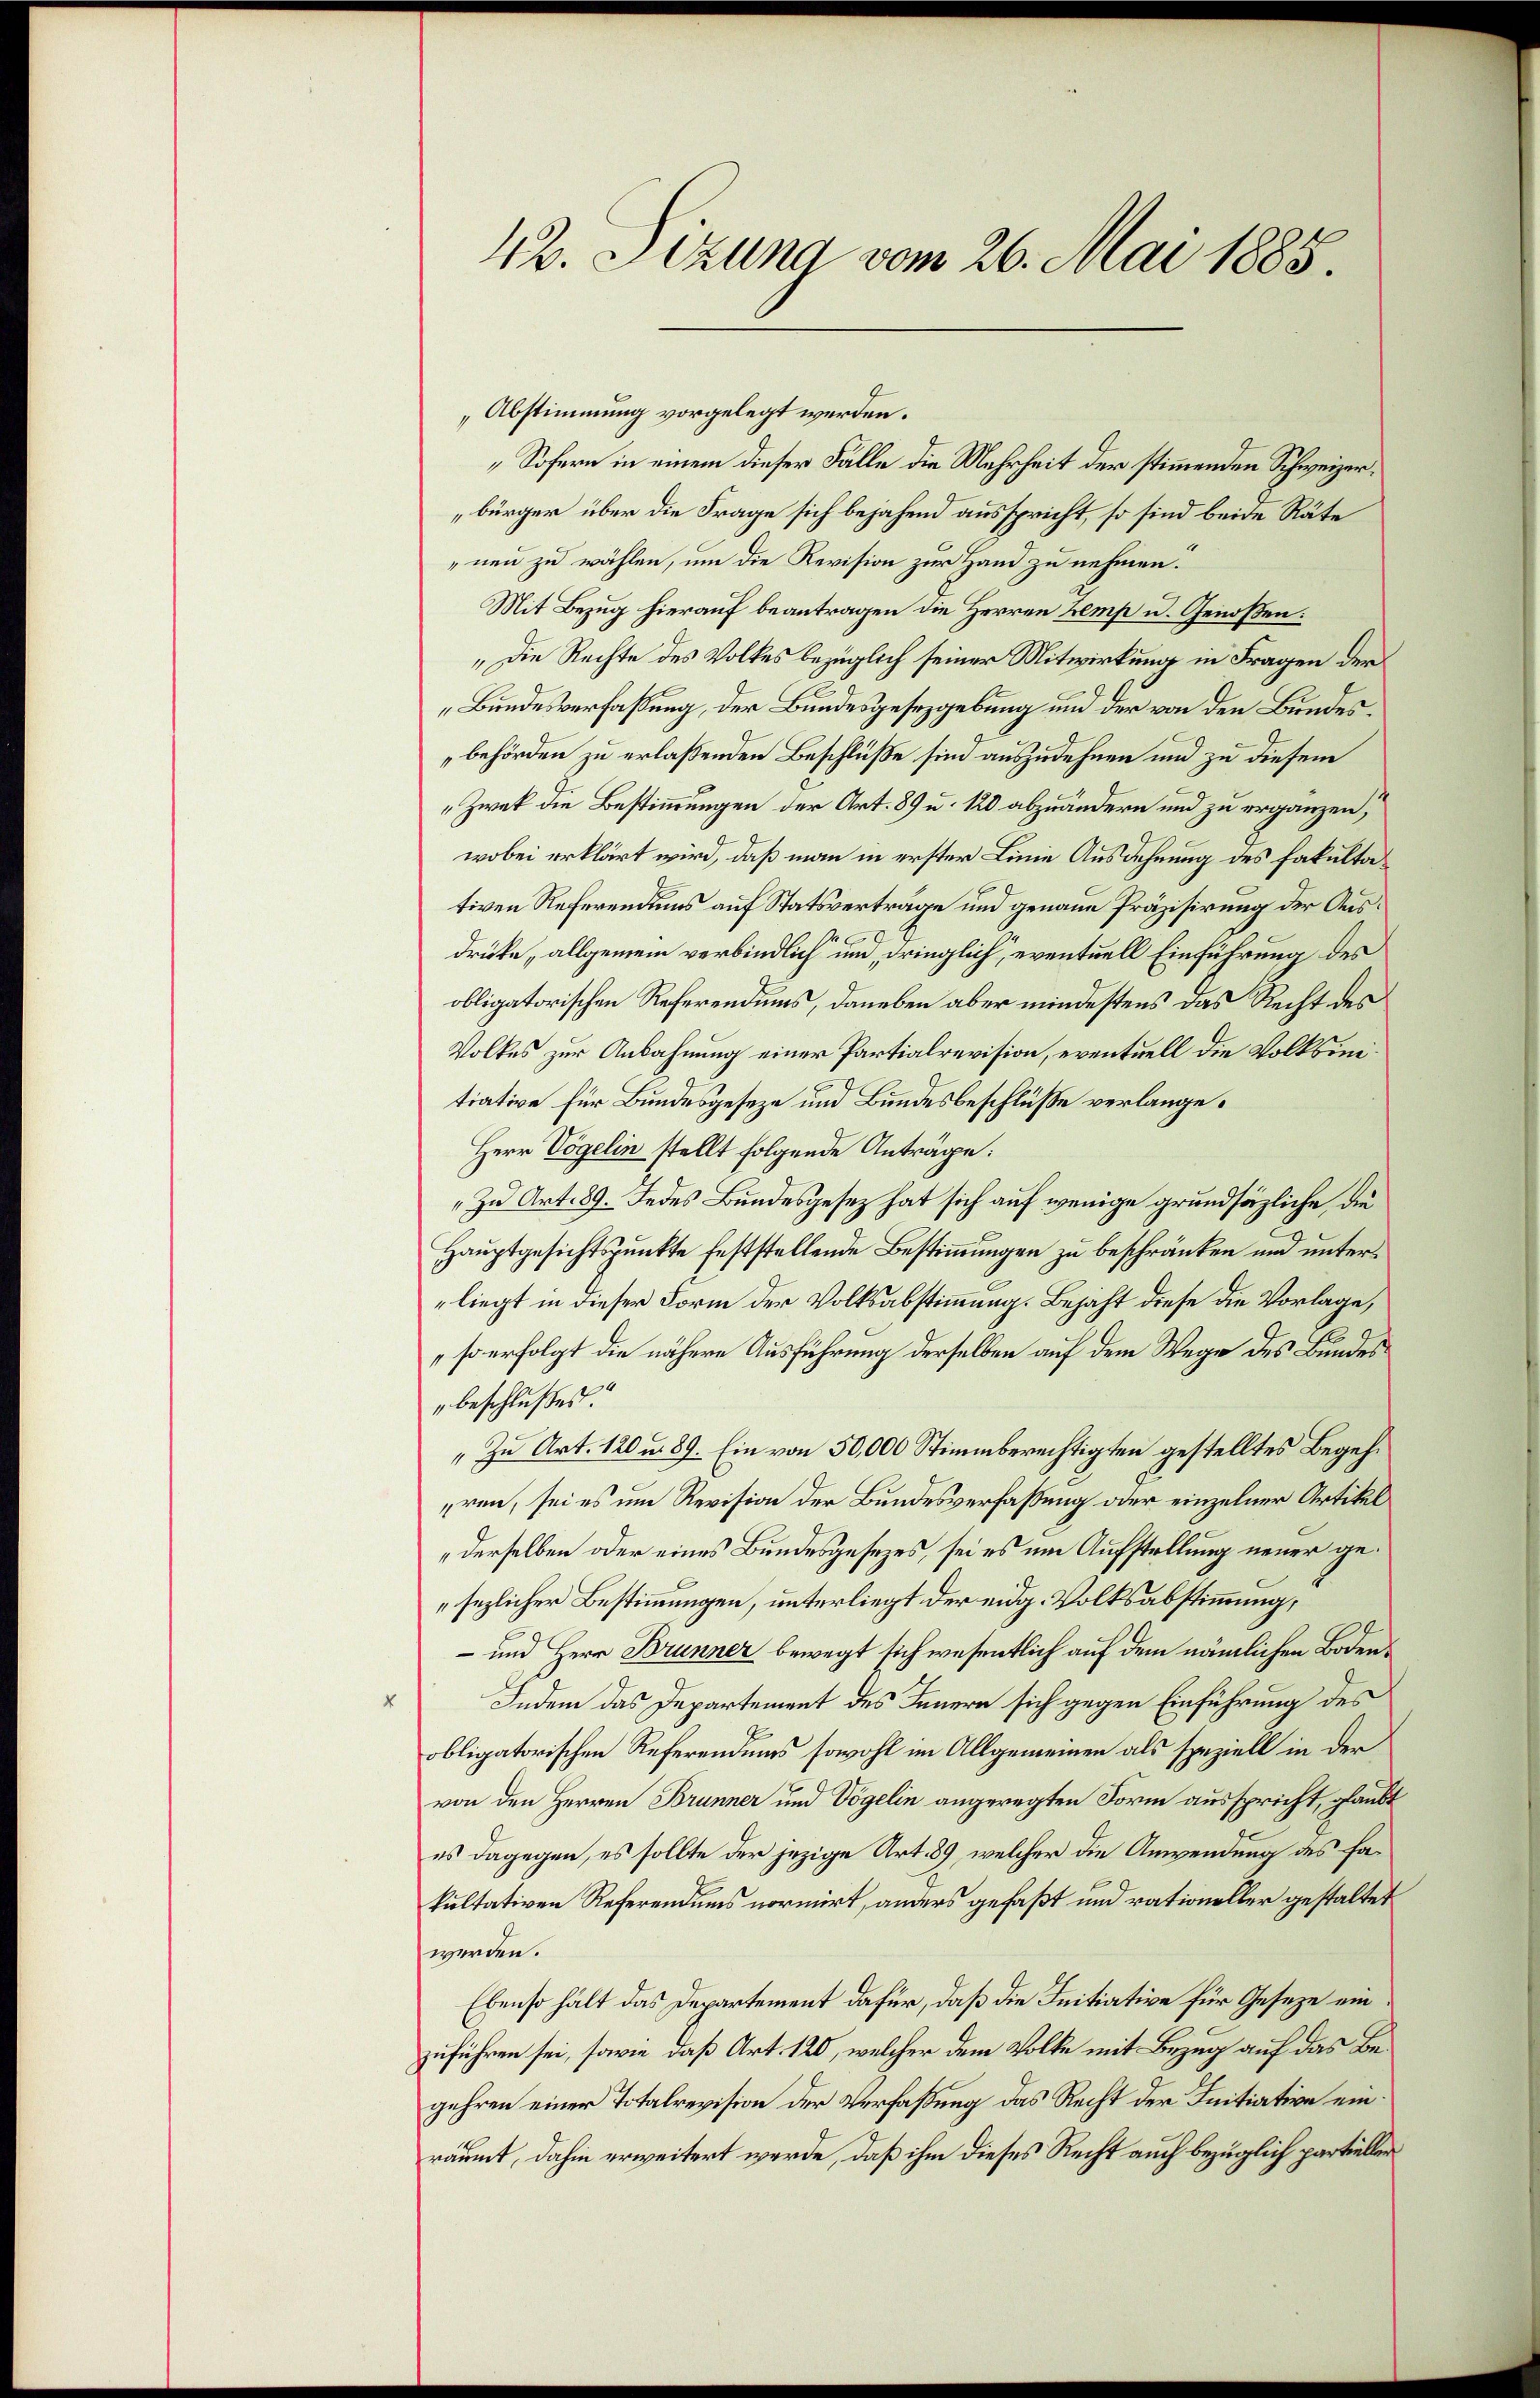
Abstimmung vorgelegt werden.
„Sofern in einem dieser Fälle die Mehrheit der stimmenden Schweizerbürger über die Frage sich bejahend ausspricht, so sind beide Räte
nen zu wählen, um die Revision zur Hand zu nehmen.
Mit Bezug hierauf beantragen die Herren Zemp u. Genoßen:
„Die Rechte des Volkes bezüglich seiner Mitwirkung in Fragen der
Bundesverfassung, der Bundesgesetzgebung und der von den Bundesbehörden zu erlaßenden Beschlüße sind auszudehnen und zu diesem
„Zwek die Bestimmungen der Art. 89 u. 120 abzuändern und zu ergänzen,
wobei erklärt wird, daß man in erster Linie Ausdehnung des Fakultativen Referendums auf Statsverträge und genaue Präzisirung der Ausdrücke, allgemein verbindlich und dringlich, eventuell Einführung des
obligatorischen Referendums, daneben aber mindestens das Recht des
Volkes zur Anbahnung einer Partialrevision, eventuell die Volksinitiative für Bundesgeseze und Bundesbeschlüße verlange¬
Herr Vögelin stellt folgende Anträge:
Zu Art. 89. Jedes Bundesgesez hat sich auf wenige grundsätzliche, die
Hauptgesichtspunkte feststellende Bestimmungen zu beschränken und unterliegt in dieser Form der Volksabstimmung. Bejaht diese die Vorlage,
so erfolgt die nähere Ausführung derselben auf dem Wege des Bundes¬
" beschlußes.
"Zu Art. 120 u. 89. Ein von 50,000 Stimmberechtigten gestelltes Begehren, sei es um Revision der Bundesverfaßung oder einzelner Artikel
derselben oder eines Bundesgesezes, sei es um Aufstellung neuer gesezlicher Bestimmungen, unterliegt der eidg. Volksabstimmung,
- und Herr Brunner bewegt sich wesentlich auf dem nämlichen Boden¬
Indem das Departement des Innern sich gegen Einführung des
obligatorischen Referendums sowohl im Allgemeinen als speziell in der
von den Herren Brunner und Vögelin angeregten Form ausspricht, glaubt
es dagegen, es sollte der jezige Art. 89, welcher die Anwendung des Fakultativen Referendums normirt, anders gefaßt und rationeller gestaltet
werden.
Ebenso hält das Departement dafür, daß die Initiative für Geseze einzuführen sei, sowie daß Art. 120, welcher dem Volke mit Bezug auf das Begehren einer Totalrevision der Verfaßung das Recht der Initiative einräumt, dahin erweitert werde, daß ihm dieses Recht auch bezüglich partieller

42. Sizung vom 26. Mai 1885.